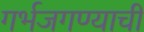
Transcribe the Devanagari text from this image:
गर्भजगण्याची